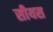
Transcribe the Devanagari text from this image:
सीयस